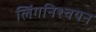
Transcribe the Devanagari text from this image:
लिंगनिश्चयन